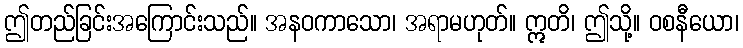
ဤတည်ခြင်းအကြောင်းသည်။ အနဝကာသော၊ အရာမဟုတ်။ ဣတိ၊ ဤသို့။ ဝစနီယော၊